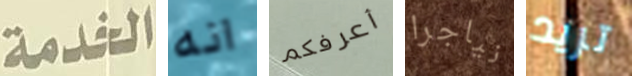
الخدمة انه أعرفكم نياجرا تريد